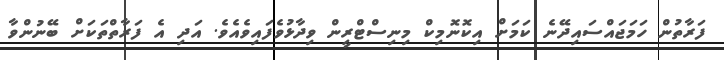
ފަރާތުން ހަމަޖައްސައިދޭނެ ކަމަށް އިކޮނޮމިކް މިނިސްޓްރީން ވިދާޅުވެފައިވެއެވެ. އަދި އެ ފަރާތްތަކަށް ބޭނުންވާ